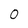
Character: 0